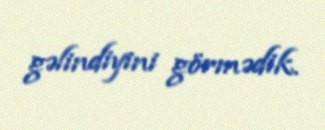
gəlindiyini görmədik.